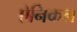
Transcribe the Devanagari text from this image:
ऐनिकल